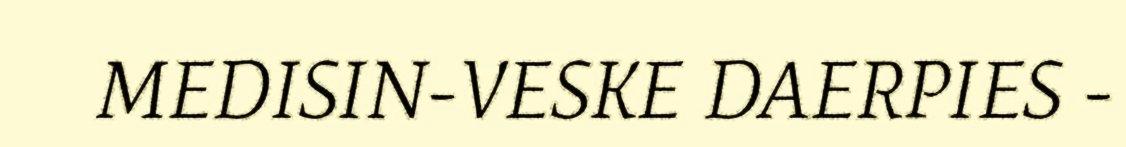
MEDISIN-VESKE DAERPIES -